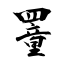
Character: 罿